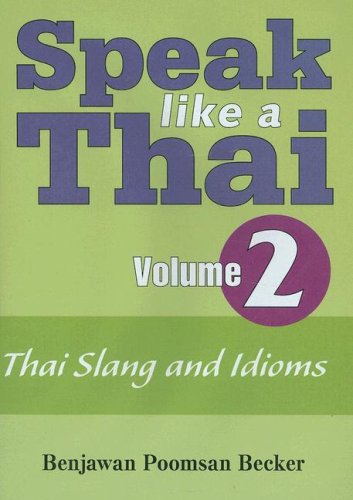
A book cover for Speak Like a Thai, Vol. 2: Thai Slang and Idioms; Benjawan Poomsan Becker; Travel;